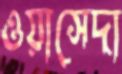
ওয়াসেদা